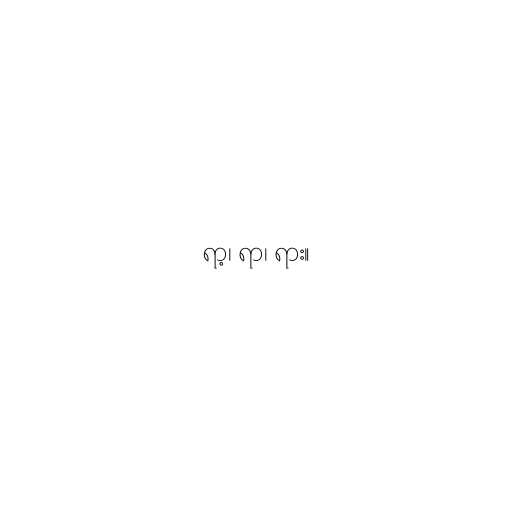
ရာ့၊ ရာ၊ ရား။